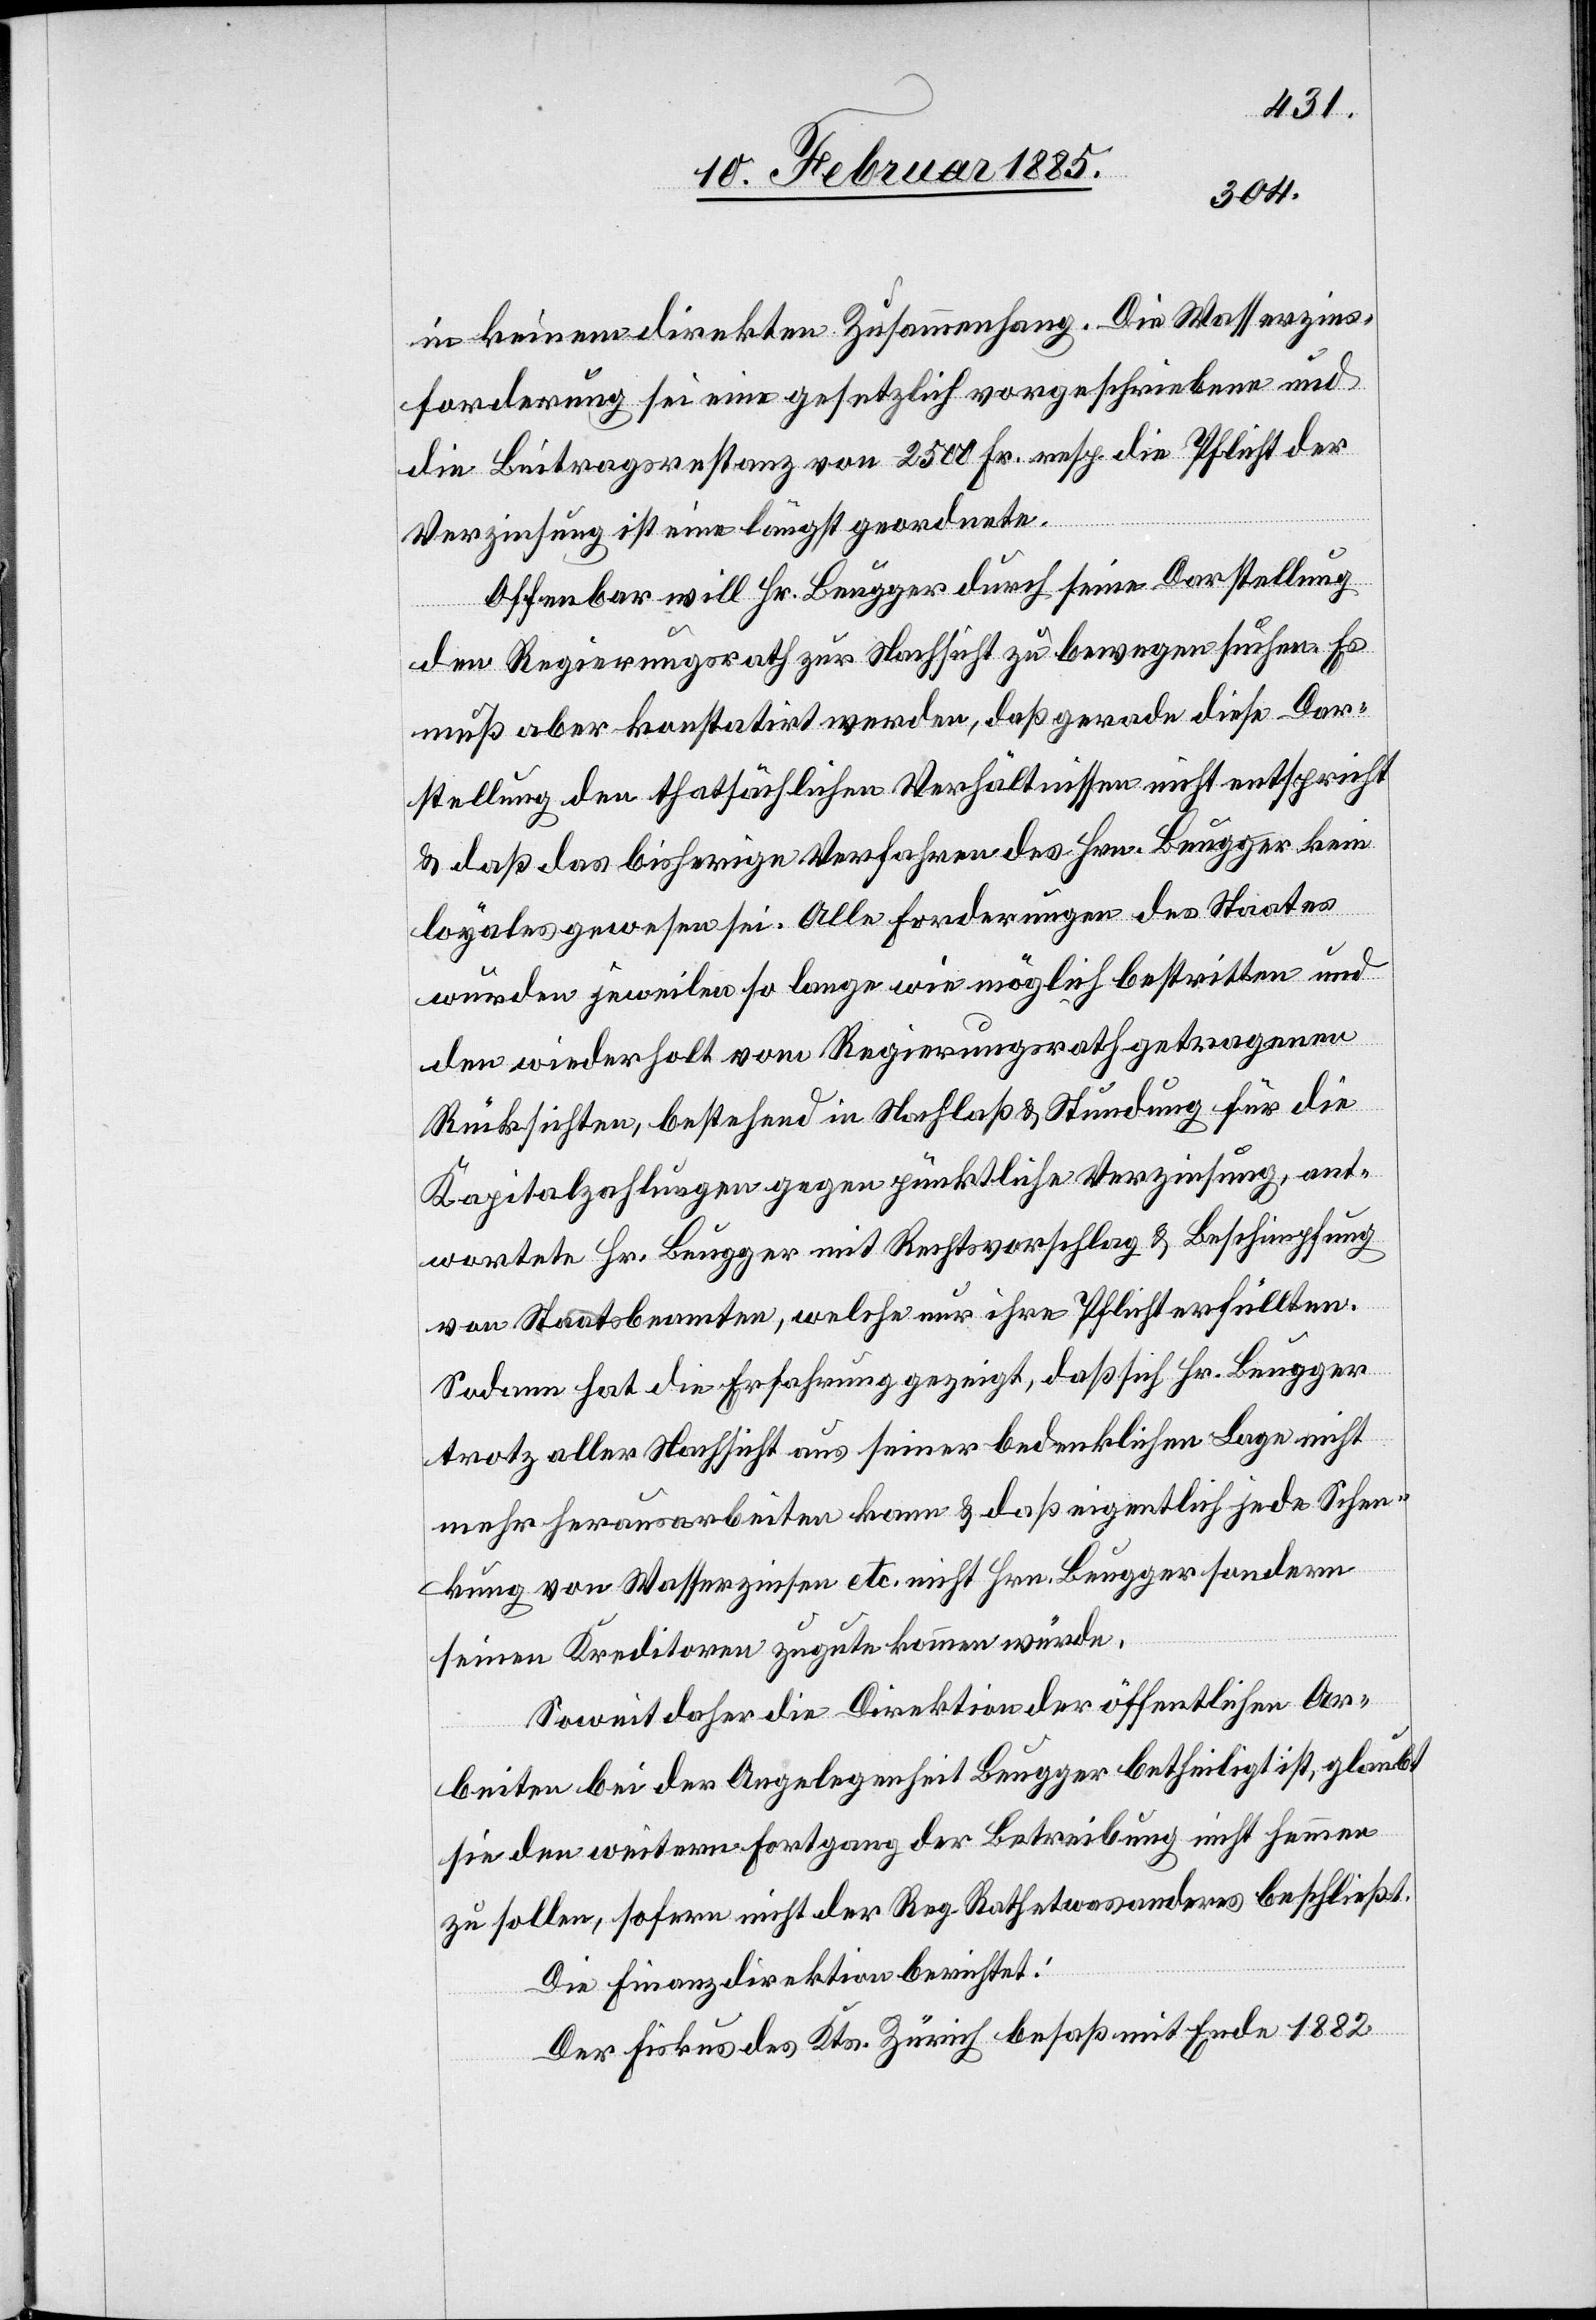
Wasserzins¬
forderung sei eine gesetzlich vorgeschriebene und
die Beitragsrestanz von 2500 Fr. resp. die Pflicht der
Verzinsung ist eine längst geordnete.
Offenbar will Hr. Beugger durch seine Darstellung
den Regierungsrath zur Nachsicht zu bewegen suchen. Es
muß aber konstatirt werden, daß gerade diese Dar¬
stellung den thatsächlichen Verhältnissen nicht entspricht
& daß das bisherige Verfahren des Hrn. Beugger kein
loyales gewesen sei. Alle Forderungen des Staates
wurden jeweilen so lange wie möglich bestritten und
den wiederholt vom Regierungsrath getragenen
Rücksichten, bestehend in Nachlaß & Stundung für die
Kapitalzahlungen gegen pünktliche Verzinsung, ant¬
wortete Hr. Beugger mit Rechtsvorschlag & Beschimpfung
von Staatsbeamten, welche nur ihre Pflicht erfüllen.
Sodann hat die Erfahrung gezeigt, daß sich Hr. Beugger
trotz aller Nachsicht aus seiner bedenklichen Lage nicht
mehr herausarbeiten kann & daß eigentlich jede Schen¬
kung von Wasserzinsen etc. nicht Hrn. Beugger sondern
seinen Kreditoren zugute kommen würde.
Soweit daher die Direktion der öffentlichen Ar¬
beiten bei der Angelegenheit Beugger betheiligt ist, glaubt
sie den weitern Fortgang der Betreibung nicht hemmen
zu sollen, sofern nicht der Reg. Rath etwas anderes beschließt.
Die Finanzdirektion berichtet:
Der Fiskus des Kts. Zürich besaß mit Ende 1882